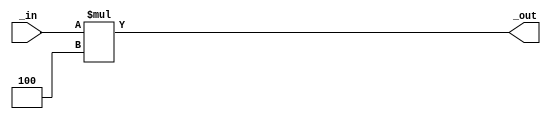
`timescale 1ns/1ps

module leftShifter #(parameter W = 32, parameter N = 2) (input [W-1:0] _in, output reg [W-1:0] _out);

	always @(*) begin
		/*_out[W-1:N] <= _in[W-N-1:0]; //31:2  29:0
		_out[N-1:0] <= {(N){1'b0}};  //1:0  00*/
		
		_out <= _in * 4;
	end

endmodule